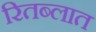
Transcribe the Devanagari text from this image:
रितब्लात